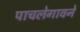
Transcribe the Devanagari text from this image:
पाचलेगावने